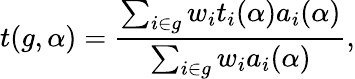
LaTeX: t(g,\alpha)=\frac{\sum_{i\in g}w_{i}t_{i}(\alpha)a_{i}(\alpha)}{\sum_{i\in g}w_{i}a_{i}(\alpha)},